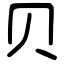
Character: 贝